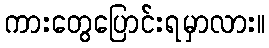
ကားတွေပြောင်းရမှာလား။